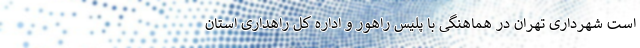
است شهرداری تهران در هماهنگی با پلیس راهور و اداره کل راهداری استان